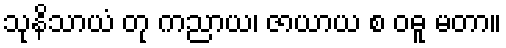
သုနိသာယံ တု ကညာယ၊ ဇာယာယ စ ဝဓူ မတာ။